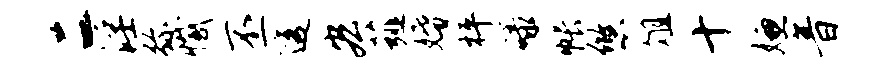
二淫弥撼丕透宏薤婚枰碌帐悠俎十嫌音